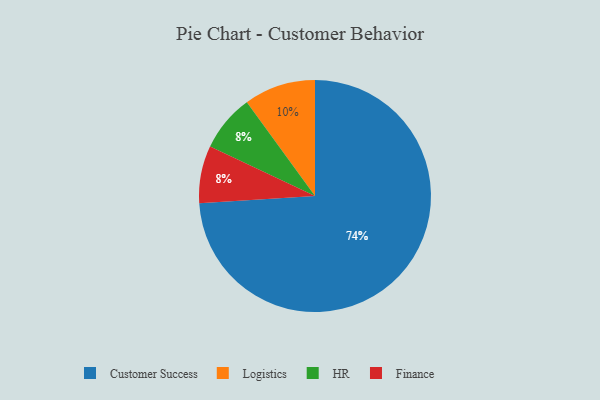
{"axis": {"x": "Category", "y": "Percentage"}, "legend": ["Customer Success", "Finance", "HR", "Logistics"], "data": [{"x": "HR", "y": 8, "type": "HR"}, {"x": "Finance", "y": 8, "type": "Finance"}, {"x": "Customer Success", "y": 74, "type": "Customer Success"}, {"x": "Logistics", "y": 10, "type": "Logistics"}]}